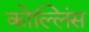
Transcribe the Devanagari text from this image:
कोल्लिंस